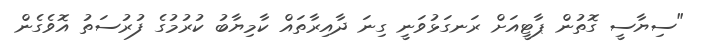
"ސިޔާސީ ގޮތުން ޕާޓީއަށް ރަނގަޅުވަނީ ގިނަ ދާއިރާތައް ކާމިޔާބު ކުރުމުގެ ފުރުސަތު އޮވެގެން